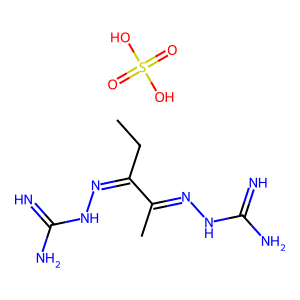
SMILES: CCC(=NNC(=N)N)C(C)=NNC(=N)N.O=S(=O)(O)O
Inhibits HIV replication: No